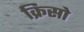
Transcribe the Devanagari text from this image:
क्रिसो